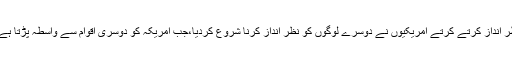
اس وسیع خطے پر اپنی تاریخ کے آغاز میں ایک بنجر خطہء زمین کے فطری تنائو کو نظر انداز کرتے کرتے امریکیوں نے دوسرے لوگوں کو نظر انداز کرنا شروع کردیا،جب امریکہ کو دوسری اقوام سے واسطہ پڑتا ہے تو یہ سرحدی روح امریکہ کی بے پایاں قوت کے ثبوت کے طور پر استعمال ہوتی ہے ۔